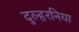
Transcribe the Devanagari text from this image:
दुल्हरनिया